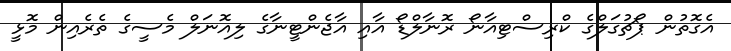
އެގޮތުން ޕޯޗުގަލްގެ ކްރިސްޓިއާނޯ ރޮނާލްޑޯ އާއި އާޖެންޓީނާގެ ލިއޮނަލް މެސީގެ ތެރެއިން މޮޅީ